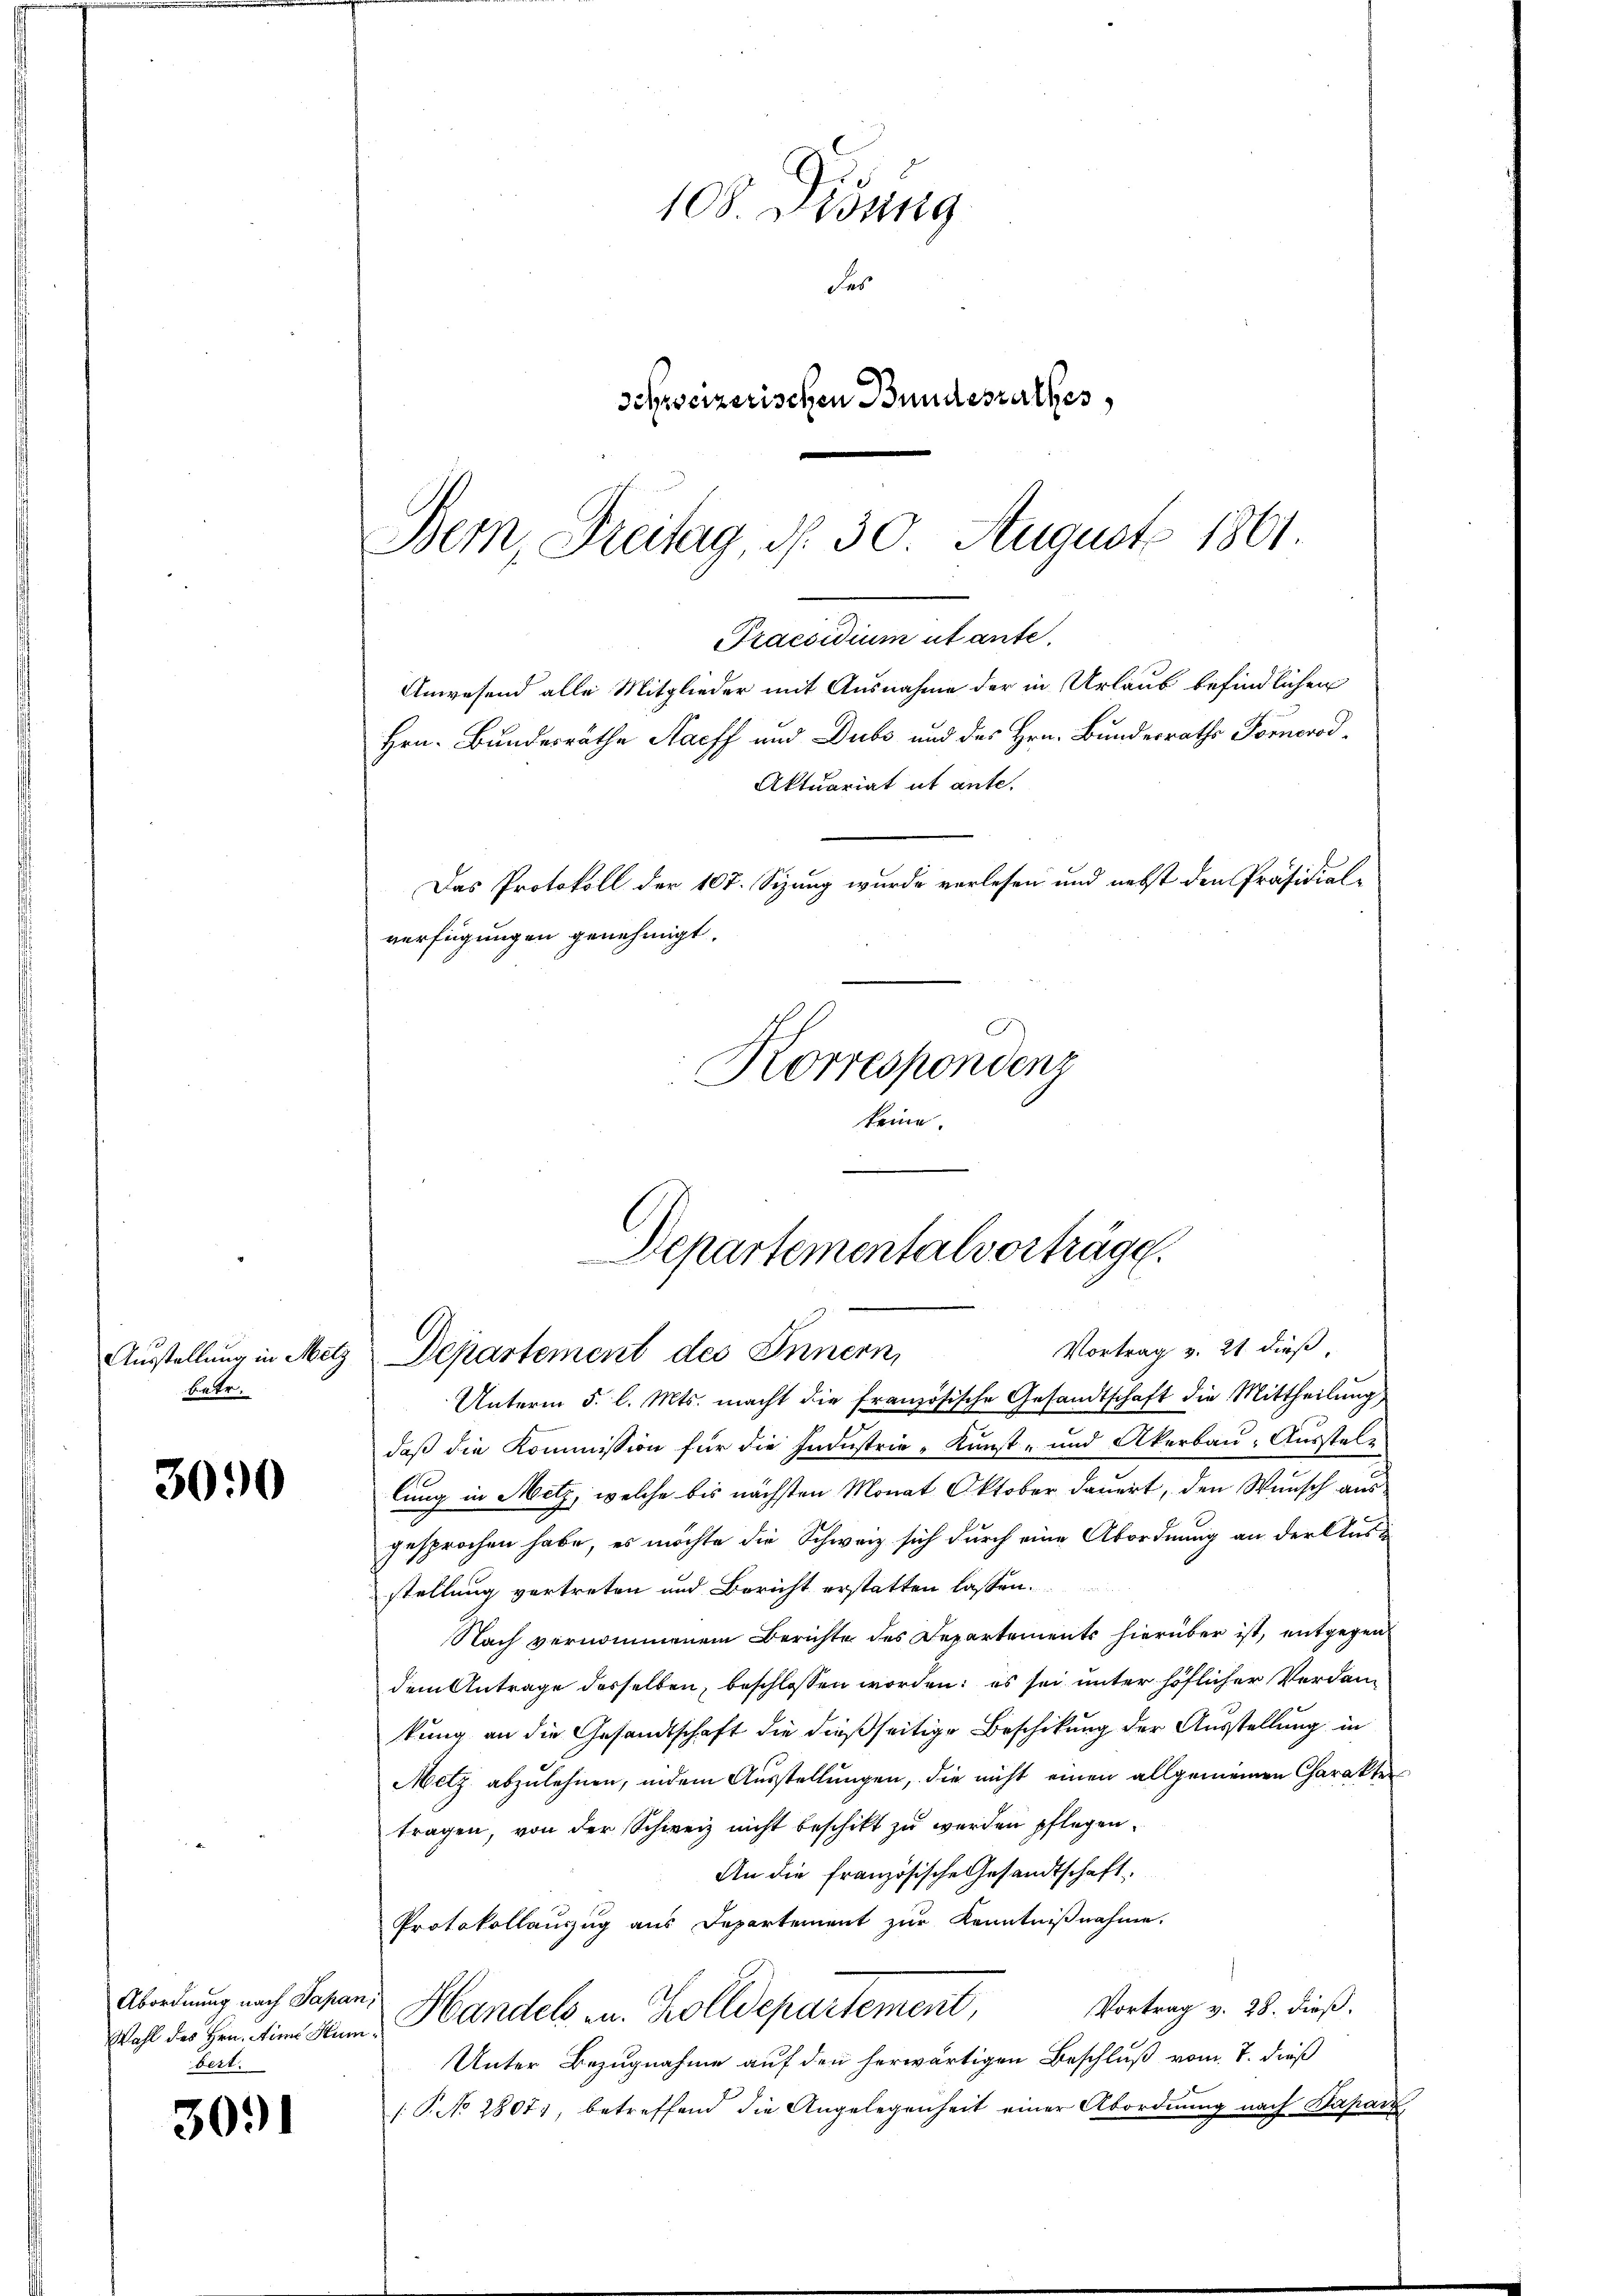
betr.

3090

3091

Bern, Freitag, d. 30. August 1861.
Praesidium utante.
verfügungen genehmigt.
Korrespondenz
keine.

Abordnung nach Papan,
bert.

108 Didung
des
schweizerischen Bundesrathes,

Anwesend alle Mitglieder mit Ausnahme der in Urlaub befindlichen
Aktuariat ut ante.
Das Protokoll der 107. Sizung wurde vorlesen und nebst den Präsidial-

Hrn. Bundesräthe Harff und Dubs und des Hrn. Bundesraths Fornorod¬

Departementalvorträge.
Vortrag v. 21 dieß,
Ausstellung in Metz Departement des Innern,

Unterm 5. l. Mts. macht die französische Gesandtschaft die Mittheilung
daß die Kommission für die Industrie-Kunst- und Akerbau-Ausstele
lung in Metz, welche bis nächsten Monat Oktober dauert, den Wunsch aus
gesprochen habe, es möchte die Schweiz sich durch eine Abordnung an der Ausstellung vortreten und Bericht erstatten lassen.
Nach vernommenem Berichte des Departements hierüber ist, entgegen-
dem Antrage desselben, beschlossen worden: es sei unter höflicher Verdankung an die Gesandtschaft die dießseitige Beschikung der Ausstellung in
Metz abzulehnen, indem Ausstellungen, die nicht einen allgemeinen Charakter
tragen, von der Schweiz nicht beschikt zu werden pflegen.
An die französische Gesandtschaft
Protokollauszug aus Departement zur Kenntnißnahme.
Vortrag v. 28. dieß.
Wohl des Hrn. tie dem Handels Zolldepartement,
Unter Bezugnahme auf den herwärtigen Beschluß vom 7. dieß
1 P. No 28071, betreffend die Angelegenheit einer Abordnung nach Daparz